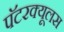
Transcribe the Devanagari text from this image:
पॅटरक्यूलस